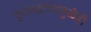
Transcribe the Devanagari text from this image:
कुरतडल्यामुळेही